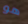
هو